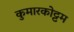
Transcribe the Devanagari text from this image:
कुमारकोट्टम